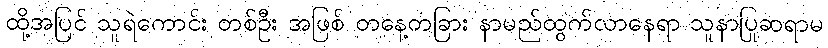
ထို့အပြင် သူရဲကောင်း တစ်ဦး အဖြစ် တနေ့တခြား နာမည်ထွက်လာနေရာ သူနာပြုဆရာမ